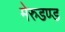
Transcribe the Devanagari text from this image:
मेरुडण्ड